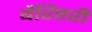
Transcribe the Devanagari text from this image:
बैरिष्टरी